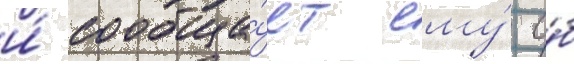
и́ сообща́ет ему́ о́б